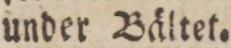
under Bältet.